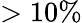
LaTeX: >10\%